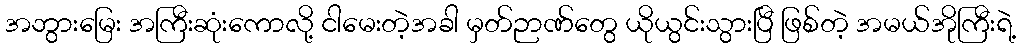
အဘွားမြေး အကြီးဆုံးကောလို့ ငါမေးတဲ့အခါ မှတ်ဉာဏ်တွေ ယိုယွင်းသွားပြီ ဖြစ်တဲ့ အမယ်အိုကြီးရဲ့